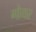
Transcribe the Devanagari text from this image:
गोयर